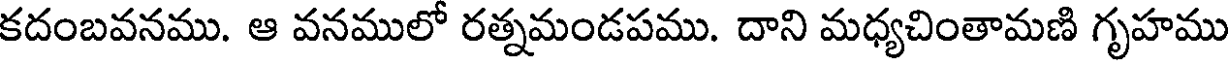
కదంబవనము. ఆ వనములో రత్నమండపము. దాని మధ్యచింతామణి గృహము